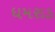
ધમરાડ